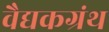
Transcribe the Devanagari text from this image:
वैद्यकग्रंथ